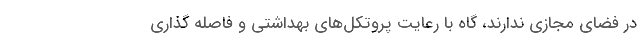
در فضای مجازی ندارند، گاه با رعایت پروتکل‌های بهداشتی و فاصله گذاری